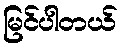
မြင်ပါတယ်